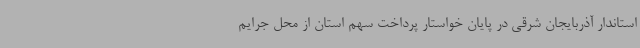
استاندار آذربایجان شرقی در پایان خواستار پرداخت سهم استان از محل جرایم